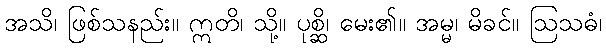
အသိ၊ ဖြစ်သနည်း။ ဣတိ၊ သို့။ ပုစ္ဆိ၊ မေး၏။ အမ္မ၊ မိခင်။ ဩသဓံ၊